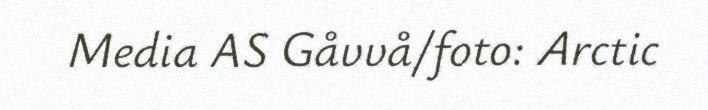
Media AS Gåvvå/foto: Arctic